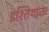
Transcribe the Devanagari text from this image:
इश्तियाक